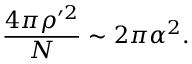
\frac { 4 \pi \rho ^ { \prime 2 } } { N } \sim 2 \pi \alpha ^ { 2 } .